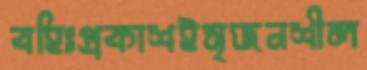
বহিঃপ্রকাশইসৃজনশীল